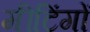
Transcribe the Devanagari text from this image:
मीटिंगों